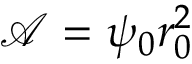
\mathcal { A } = \psi _ { 0 } r _ { 0 } ^ { 2 }